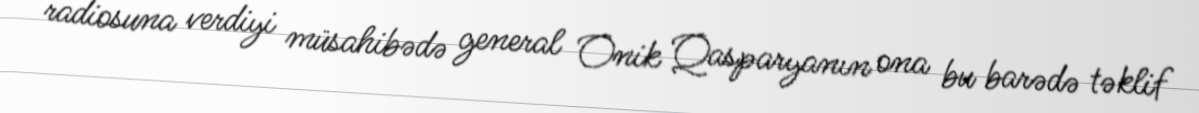
radiosuna verdiyi müsahibədə general Onik Qasparyanın ona bu barədə təklif